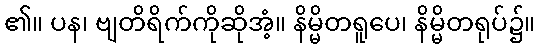
၏။ ပန၊ ဗျတိရိက်ကိုဆိုအံ့။ နိမ္မိတရူပေ၊ နိမ္မိတရုပ်၌။